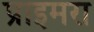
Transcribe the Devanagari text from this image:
प्राइमरा